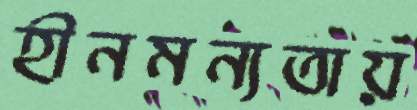
হীনমন্যতায়